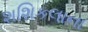
શશિકલાના